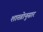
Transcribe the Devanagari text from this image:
शास्त्रोनुसार